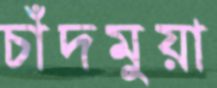
চাঁদমুয়া